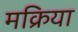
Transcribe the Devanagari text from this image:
मक्रिया